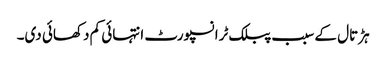
ہڑتال کے سبب پبلک ٹرانسپورٹ انتہائی کم دکھائی دی۔